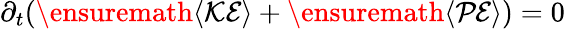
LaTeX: \partial_{t}(\ensuremath{\left\langle\mathcal{KE}\right\rangle}+\ensuremath{\left\langle\mathcal{PE}\right\rangle})=0